Annual report of the Punjab Veterinary College and of the Civil Veterinary Department, Punjab - 1920-1925
Year: 1920
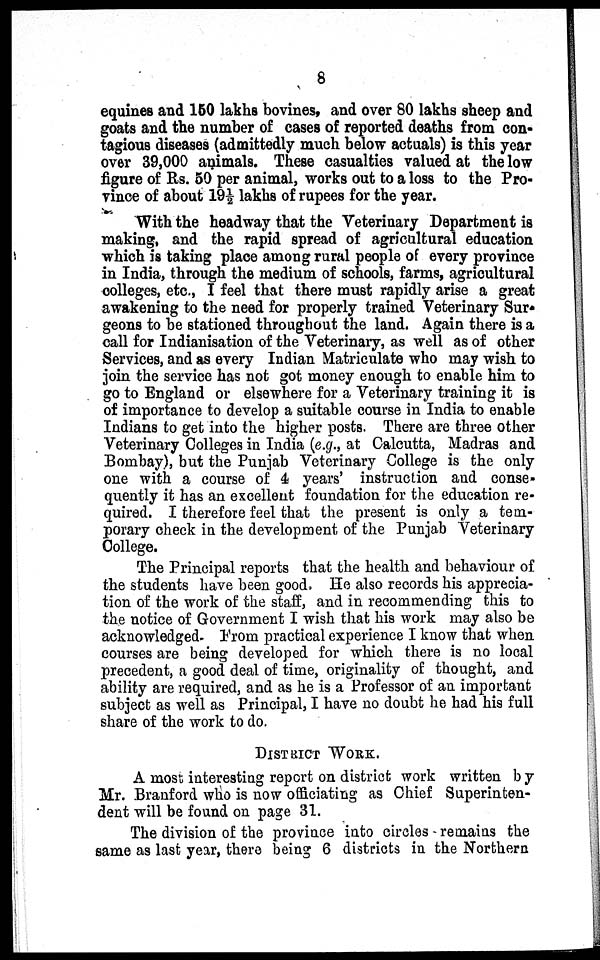
8
equines and 150 lakhs bovines, and over 80 lakhs sheep and
goats and the number of cases of reported deaths from con-
tagious diseases (admittedly much below actuals) is this year
over 39,000 animals. These casualties valued at the low
figure of Rs. 50 per animal, works out to a loss to the Pro-
vince of about 19½ lakhs of rupees for the year.
With the headway that the Veterinary Department is
making, and the rapid spread of agricultural education
which is taking place among rural people of every province
in India, through the medium of schools, farms, agricultural
colleges, etc., I feel that there must rapidly arise a great
awakening to the need for properly trained Veterinary Sur-
geons to be stationed throughout the land. Again there is a
call for Indianisation of the Veterinary, as well as of other
Services, and as every Indian Matriculate who may wish to
join the service has not got money enough to enable him to
go to England or elsewhere for a Veterinary training it is
of importance to develop a suitable course in India to enable
Indians to get into the higher posts. There are three other
Veterinary Colleges in India (e.g., at Calcutta, Madras and
Bombay), but the Punjab Veterinary College is the only
one with a course of 4 years' instruction and conse-
quently it has an excellent foundation for the education re-
quired. I therefore feel that the present is only a tem-
porary check in the development of the Punjab Veterinary
College.
The Principal reports that the health and behaviour of
the students have been good. He also records his apprecia-
tion of the work of the staff, and in recommending this to
the notice of Government I wish that his work may also be
acknowledged- From practical experience I know that when
courses are being developed for which there is no local
precedent, a good deal of time, originality of thought, and
ability are required, and as he is a Professor of an important
subject as well as Principal, I have no doubt he had his full
share of the work to do.
DISTRICT WORK.
A most interesting report on district work written by
Mr. Branford who is now officiating as Chief Superinten-
dent will be found on page 31.
The division of the province into circles remains the
same as last year, there being 6 districts in the Northern